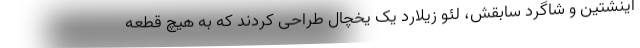
اینشتین و شاگرد سابقش، لئو زیلارد یک یخچال طراحی کردند که به هیچ قطعه